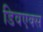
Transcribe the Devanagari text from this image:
डिवएक्स